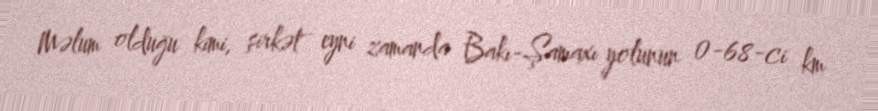
Məlum olduğu kimi, şirkət eyni zamanda Bakı-Şamaxı yolunun 0-68-ci km